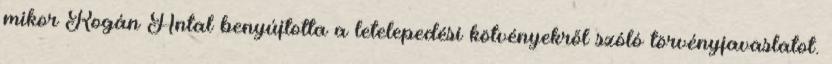
mikor Rogán Antal benyújtotta a letelepedési kötvényekről szóló törvényjavaslatot.